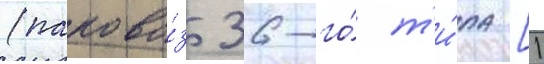
(парово́з 36-го́ т'и́па [1